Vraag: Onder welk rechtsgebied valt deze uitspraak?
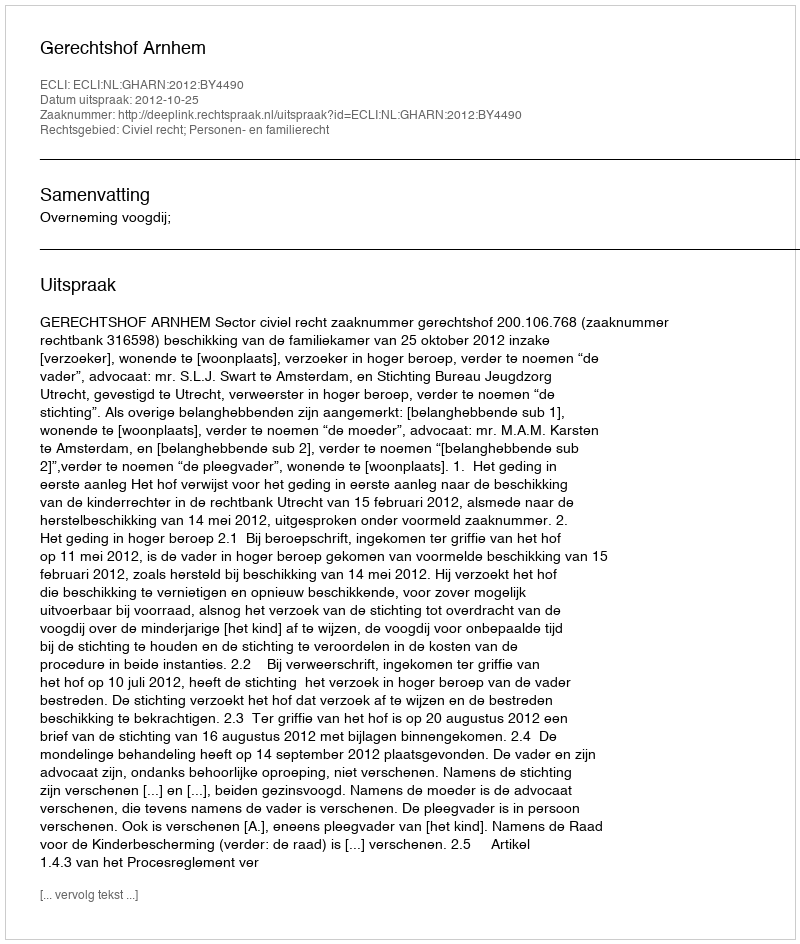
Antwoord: Civiel recht; Personen- en familierecht